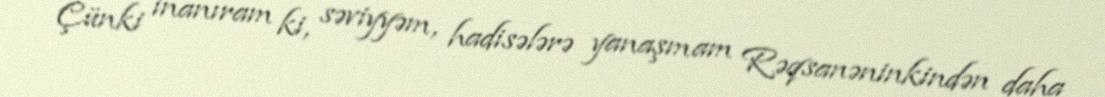
Çünki inanıram ki, səviyyəm, hadisələrə yanaşmam Rəqsanəninkindən daha